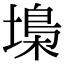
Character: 𡏭